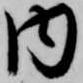
内